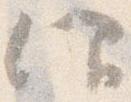
仰